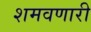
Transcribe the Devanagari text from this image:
शमवणारी